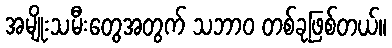
အမျိုးသမီးတွေအတွက် သဘာဝ တစ်ခုဖြစ်တယ်။